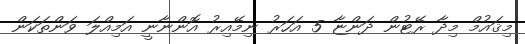
މިޤައުމް މިދާ ރޭޓުން ދަންޏާ 5 އަހަރު ނިމޭއިރު އޮންނާނީ އަމިއްލަ ވަންތަކަން